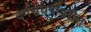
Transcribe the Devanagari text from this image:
वर्गसंघर्षावरील